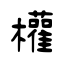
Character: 權